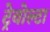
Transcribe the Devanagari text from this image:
ट्रेवोल्टा